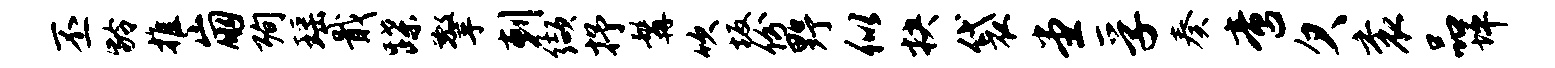
丕龄推崩殉瑶戢蹀擎剌缬抒髯吹坂份野似抉袋堂孚奏啻欠衮品坪